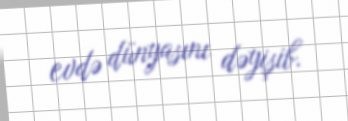
evdə dünyasını dəyişib.